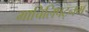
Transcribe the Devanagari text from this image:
माचिलिपट्नम